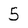
Character: 5